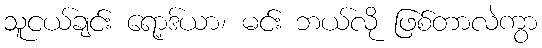
သူငယ်ချင်း ရော့ဒ်ယာ၊ မင်း ဘယ်လို ဖြစ်တာလဲကွာ